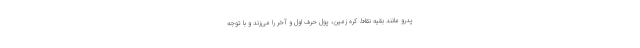
پدرو مانند بقیه نقاط کره زمین، پول حرف اول و آخر را می‌زند و با توجه